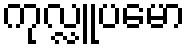
ကုလ္လူပမော